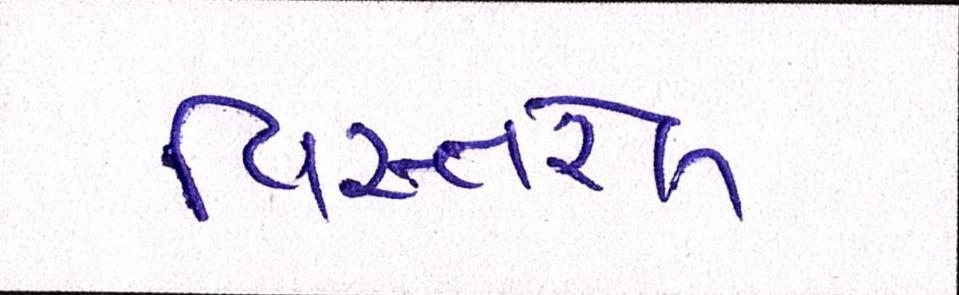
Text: વિસ્તરેલ